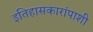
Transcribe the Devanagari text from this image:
इतिहासकारांपाशी